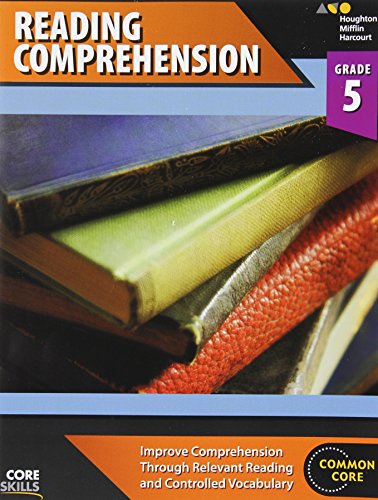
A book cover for Steck-Vaughn Core Skills Reading Comprehension: Workbook Grade 5; STECK-VAUGHN; Sports & Outdoors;